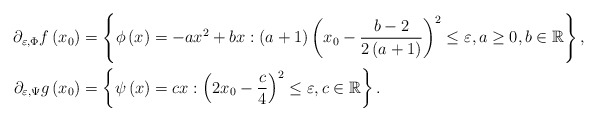
\begin{align*}\partial_{\varepsilon, \Phi}f\left(x_{0}\right) & =\left\{ \phi\left(x\right)=-ax^2 +bx:\left(a+1\right)\left(x_{0}-\frac{b-2}{2\left(a+1\right)}\right)^{2}\leq\varepsilon,a\geq0, b\in \mathbb{R}\right\}, \\\partial_{\varepsilon, \Psi} g\left(x_{0}\right) & =\left\{ \psi\left(x\right) = cx:\left(2x_{0}-\frac{c}{4}\right)^{2}\leq\varepsilon, c\in \mathbb{R}\right\} .\end{align*}